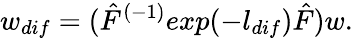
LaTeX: w_{dif}=(\hat{F}^{(-1)}exp(-l_{dif})\hat{F})w.